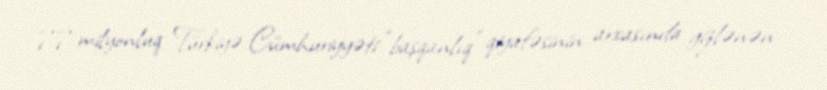
77 milyonluq Türkiyə Cümhuriyyəti “başqanlıq” qiyafəsinin arxasında gizlənən